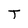
Character: T